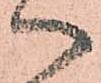
へ